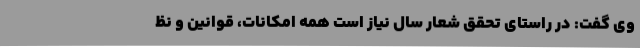
وی گفت: در راستای تحقق شعار سال نیاز است همه امکانات، قوانین و نظ